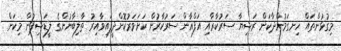
މިގުޅުންތައް ހިނގަމުންދާކަން ރަޝިޔާ ސަރުކާރާއި އަފްޣާން ސަރުކާރުން ކަށަވަރުކޮށްދީފައިވާއިރު ތާލިބާނުންގެ ލީޑަޝިޕުން މިކަން